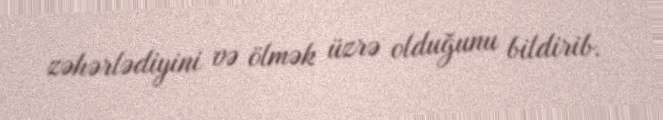
zəhərlədiyini və ölmək üzrə olduğunu bildirib.